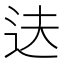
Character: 𬨝